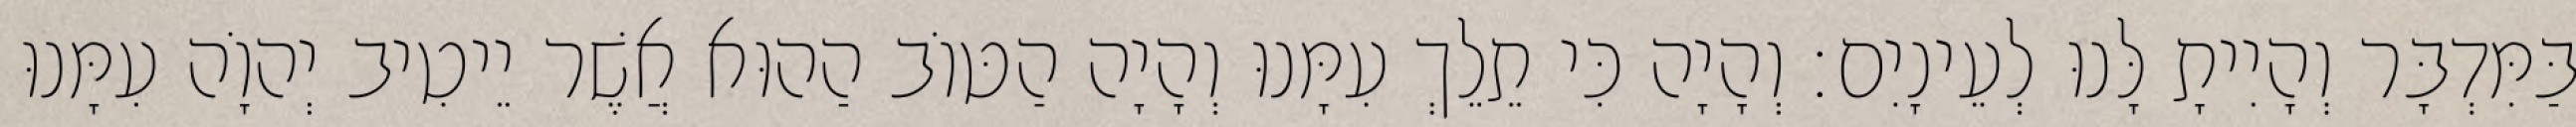
בַּמִּדְבָּר וְהָיִיתָ לָּנוּ לְעֵינָיִם׃ וְהָיָה כִּי תֵלֵךְ עִמָּנוּ וְהָיָה הַטּוֹב הַהוּא אֲשֶׁר יֵיטִיב יְהוָֹה עִמָּנוּ